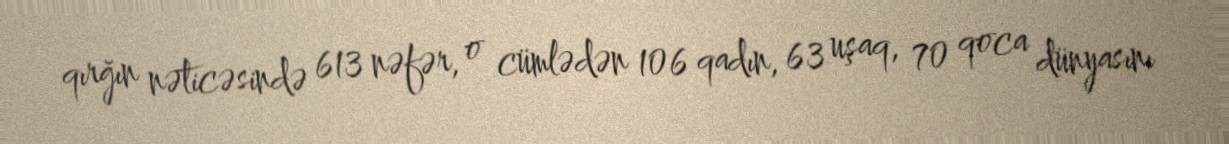
qırğın nəticəsində 613 nəfər, o cümlədən 106 qadın, 63 uşaq, 70 qoca dünyasını